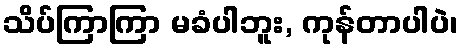
သိပ်ကြာကြာ မခံပါဘူး, ကုန်တာပါပဲ၊